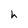
Character: h